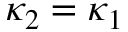
\kappa _ { 2 } = \kappa _ { 1 }